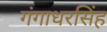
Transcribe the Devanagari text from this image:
गंगाधरसिंह